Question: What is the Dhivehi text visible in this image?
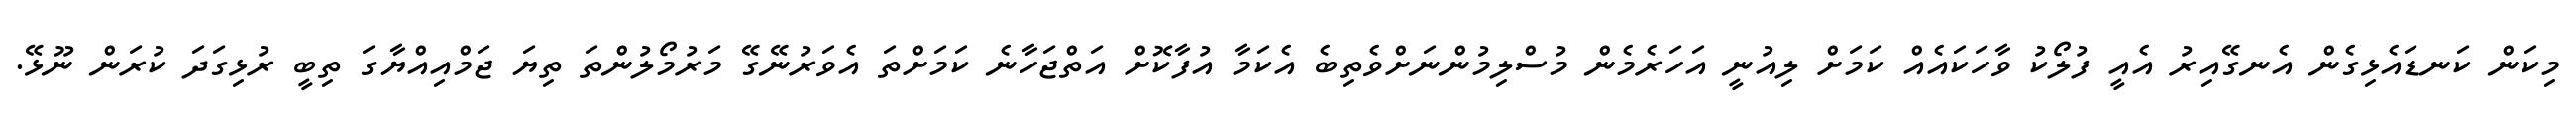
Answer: މިކަން ކަނޑައެޅިގެން އެނގޭއިރު އެއީ ފުލޯކު ވާހަކައެއް ކަމަށް ލިއުނީ އަހަރެމެން މުސްލިމުންނަށްވެތިބެ އެކަމާ އުފާކޮށް އަތްޖަހާނެ ކަމަށްތަ އެވަރުނޭގޭ މަރުމޯލުންތަ ތިޔަ ޖަމްއިއްޔާގަ ތިބީ ރުޅިގަދަ ކުރަން ނޫޅޭ.